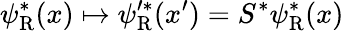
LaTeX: \psi_{\mathrm{{R}}}^{*}(x)\mapsto\psi_{\mathrm{{R}}}^{\prime*}(x^{\prime})=S^{*}\psi_{\mathrm{{R}}}^{*}(x)